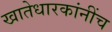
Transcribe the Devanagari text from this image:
खातेधारकांनींच